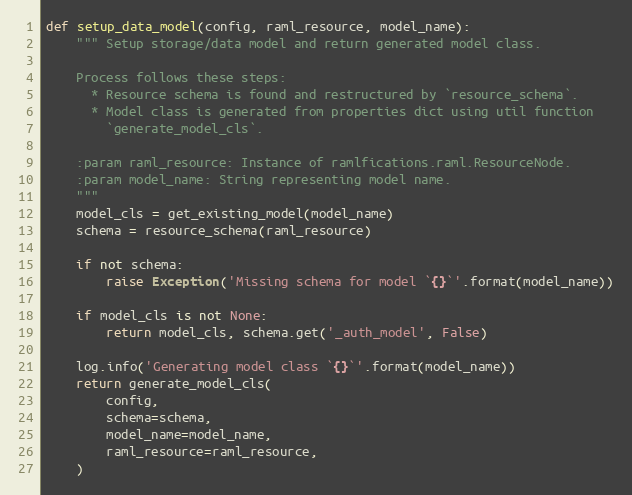
Language: Python
def setup_data_model(config, raml_resource, model_name):
    """ Setup storage/data model and return generated model class.

    Process follows these steps:
      * Resource schema is found and restructured by `resource_schema`.
      * Model class is generated from properties dict using util function
        `generate_model_cls`.

    :param raml_resource: Instance of ramlfications.raml.ResourceNode.
    :param model_name: String representing model name.
    """
    model_cls = get_existing_model(model_name)
    schema = resource_schema(raml_resource)

    if not schema:
        raise Exception('Missing schema for model `{}`'.format(model_name))

    if model_cls is not None:
        return model_cls, schema.get('_auth_model', False)

    log.info('Generating model class `{}`'.format(model_name))
    return generate_model_cls(
        config,
        schema=schema,
        model_name=model_name,
        raml_resource=raml_resource,
    )